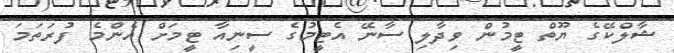
ޝާލްކޭގެ ޔޫތް ޓީމުން ވިދާލި ސާނޭ އެޓީމުގެ ސީނިއާ ޓީމަށް އެންމެ ފުރަތަމަ